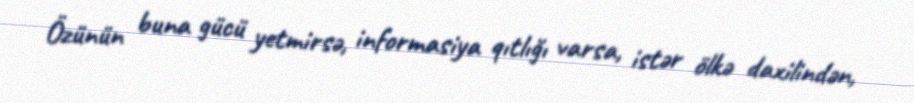
Özünün buna gücü yetmirsə, informasiya qıtlığı varsa, istər ölkə daxilindən,